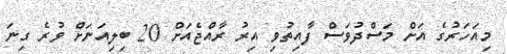
މިއަހަރުގެ އަށް މަސްދުވަސް ފާއިތުވި އިރު ރާއްޖެއަށް 20 ބިލިއަަނަށް ވުރެ ގިނަ